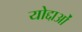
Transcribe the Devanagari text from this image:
योद्दाओं